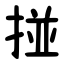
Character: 掽